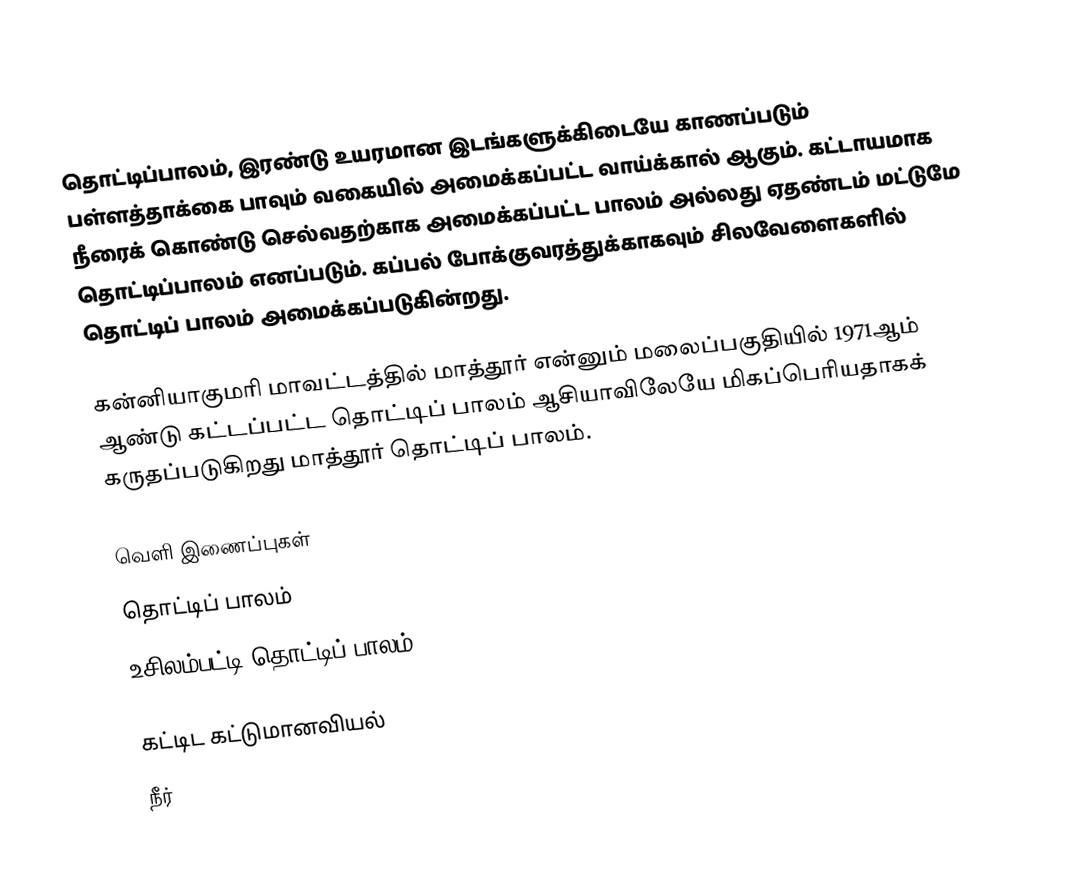
தொட்டிப்பாலம், இரண்டு உயரமான இடங்களுக்கிடையே காணப்படும் பள்ளத்தாக்கை பாவும் வகையில் அமைக்கப்பட்ட வாய்க்கால் ஆகும். கட்டாயமாக நீரைக் கொண்டு செல்வதற்காக அமைக்கப்பட்ட பாலம் அல்லது ஏதண்டம் மட்டுமே தொட்டிப்பாலம் எனப்படும். கப்பல் போக்குவரத்துக்காகவும் சிலவேளைகளில் தொட்டிப் பாலம் அமைக்கப்படுகின்றது.

கன்னியாகுமரி மாவட்டத்தில் மாத்தூர் என்னும் மலைப்பகுதியில் 1971ஆம் ஆண்டு கட்டப்பட்ட தொட்டிப் பாலம் ஆசியாவிலேயே மிகப்பெரியதாகக் கருதப்படுகிறது மாத்தூர் தொட்டிப் பாலம்.

வெளி இணைப்புகள்
 தொட்டிப் பாலம்
 உசிலம்பட்டி தொட்டிப் பாலம்

கட்டிட கட்டுமானவியல்
நீர்